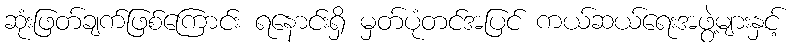
ဆုံးဖြတ်ချက်ဖြစ်ကြောင်း ရနောင်းရှိ မှတ်ပုံတင်အပြင် ကယ်ဆယ်ရေးအဖွဲ့များနှင့်